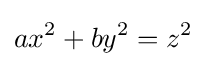
ax^{2}+by^{2}=z^{2}